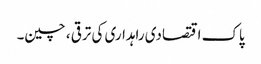
پاک اقتصادی راہداری کی ترقی ، چین۔